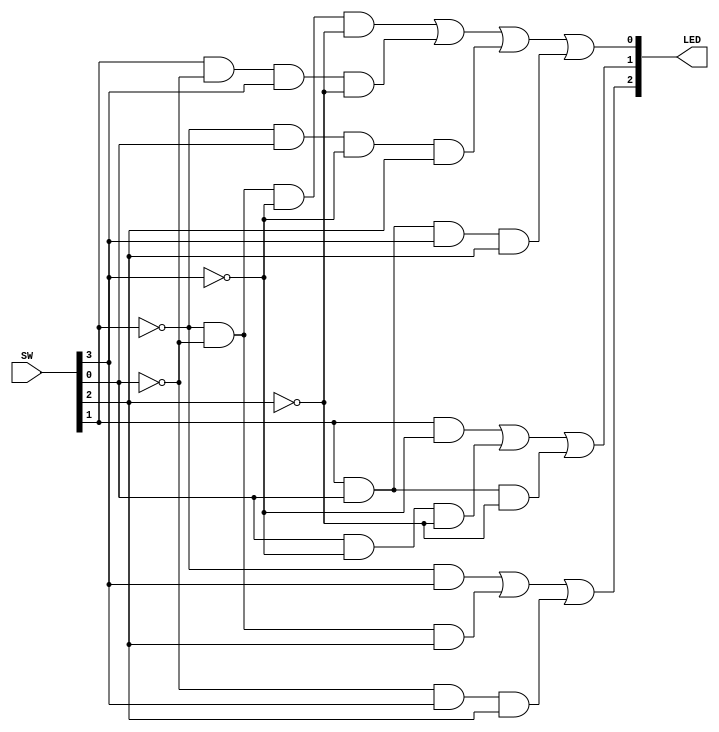
`timescale 1ns / 1ps
//////////////////////////////////////////////////////////////////////////////////
// Module Name: lab5_b
//////////////////////////////////////////////////////////////////////////////////


module lab5_b(
    input [3:0] SW, //  4 input switches
    output [2:0] LED // 3 output LEDs
    );
    wire A0, A1, B0, B1;
    wire E, F, G;
    
    // A/B are inputs
    assign A0 = SW[0];
    assign A1 = SW[1];
    assign B0 = SW[2];
    assign B1 = SW[3];
    
    // led is e,g,f 
    assign LED[0] = E; // equal
    assign LED[1] = F; // A > B
    assign LED[2] = G; // A < B
    
    // logic for comparing
    assign E = (!A1 & !A0 & !B1 & !B0) | (A1 & !A0 & B1 & !B0) | (!A1 & A0 & !B1 & B0) | (A1 & A0 & B1 & B0);
    assign F = (A1 & !B1) | (A0 & !B1 & !B0) | (A1 & A0 & !B0);
    assign G = (!A1 & B1) | (!A1 & !A0 & B0) | (!A0 & B1 & B0);
endmodule